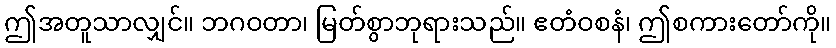
ဤအတူသာလျှင်။ ဘဂဝတာ၊ မြတ်စွာဘုရားသည်။ ဧတံဝစနံ၊ ဤစကားတော်ကို။